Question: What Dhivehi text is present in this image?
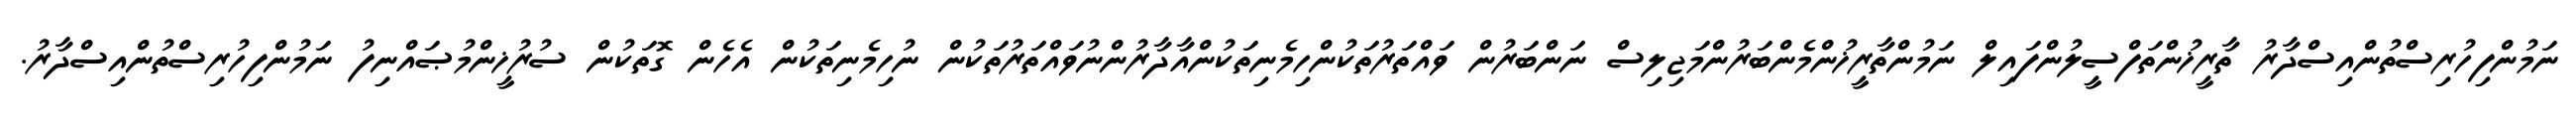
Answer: ނަމުންފިހުރިސްތުންއިސްދާރު ތާރީޚުންތަފްސީލުންފައިލް ނަމުންތާރީޚުންމެންބަރުންމަޖިލިސް ނަންބަރުން ވައްތަރުތަކުންހިމެނިތަކުންއާދާރުންނުވައްތަރުތަކުން ނުހިމެނިތަކުން އެހެން ގޮތަކުން ސުރުޚީންމުޞައްނިފު ނަމުންފިހުރިސްތުންއިސްދާރު.